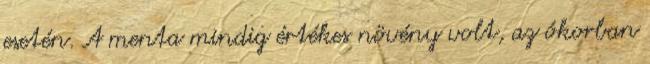
esetén. A menta mindig értékes növény volt, az ókorban